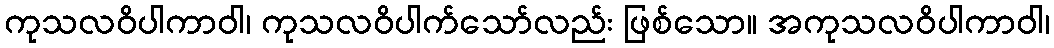
ကုသလဝိပါကာဝါ၊ ကုသလဝိပါက်သော်လည်း ဖြစ်သော။ အကုသလဝိပါကာဝါ၊